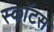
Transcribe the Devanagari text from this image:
स्काॅटस